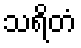
သရိတံ